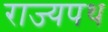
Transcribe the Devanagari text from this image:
राज्यपथ